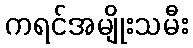
ကရင်အမျိုးသမီး